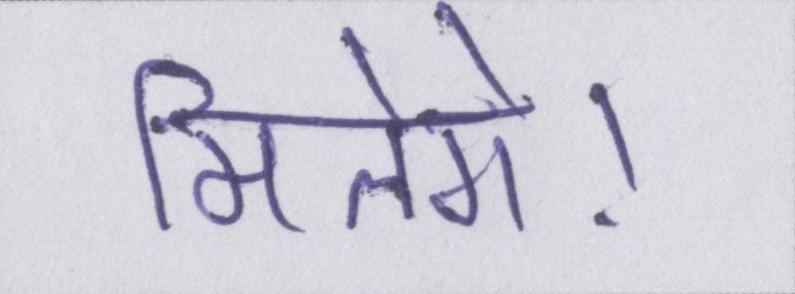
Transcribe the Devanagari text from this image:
मिलेंगे।